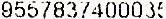
9557837400035